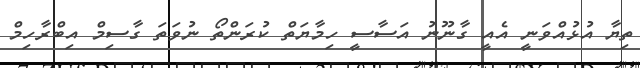
ތިޔާ އުޅުއްވަނީ އެއީ ގާނޫނު އަސާސީ ހިމާޔަތް ކުރަންތޯ ނުވަތަ ގާސިމް އިބްރާހިމް